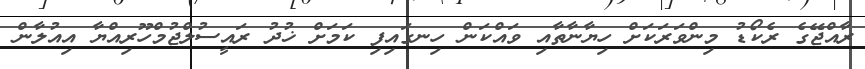
ރާއްޖޭގެ ރެކޯޑު މިންވަރަކަށް ހިޔާނާތާއި ވައްކަން ހިނގައިފި ކަމަށް ޚުދު ރައީސުލްޖުމްހޫރިއްޔާ އިއުލާން